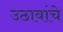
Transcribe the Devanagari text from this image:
उठावांचे